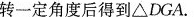
转一定角度后得到△DGA。